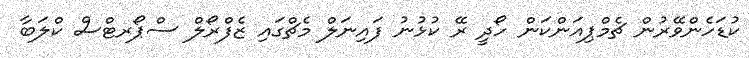
ކުޑަހެންވޭރުން ޗެމްޕިއަންކަން ހޯދީ ރޭ ކުޅުނު ފައިނަލް މެޗްގައި ޒެފްރޯލް ސްޕޯރޓްސް ކްލަބާ